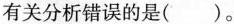
有关分析错误的是（）。